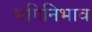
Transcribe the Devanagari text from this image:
भगिनिभाव